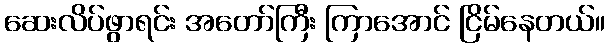
ဆေးလိပ်ဖွာရင်း အတော်ကြီး ကြာအောင် ငြိမ်နေတယ်။